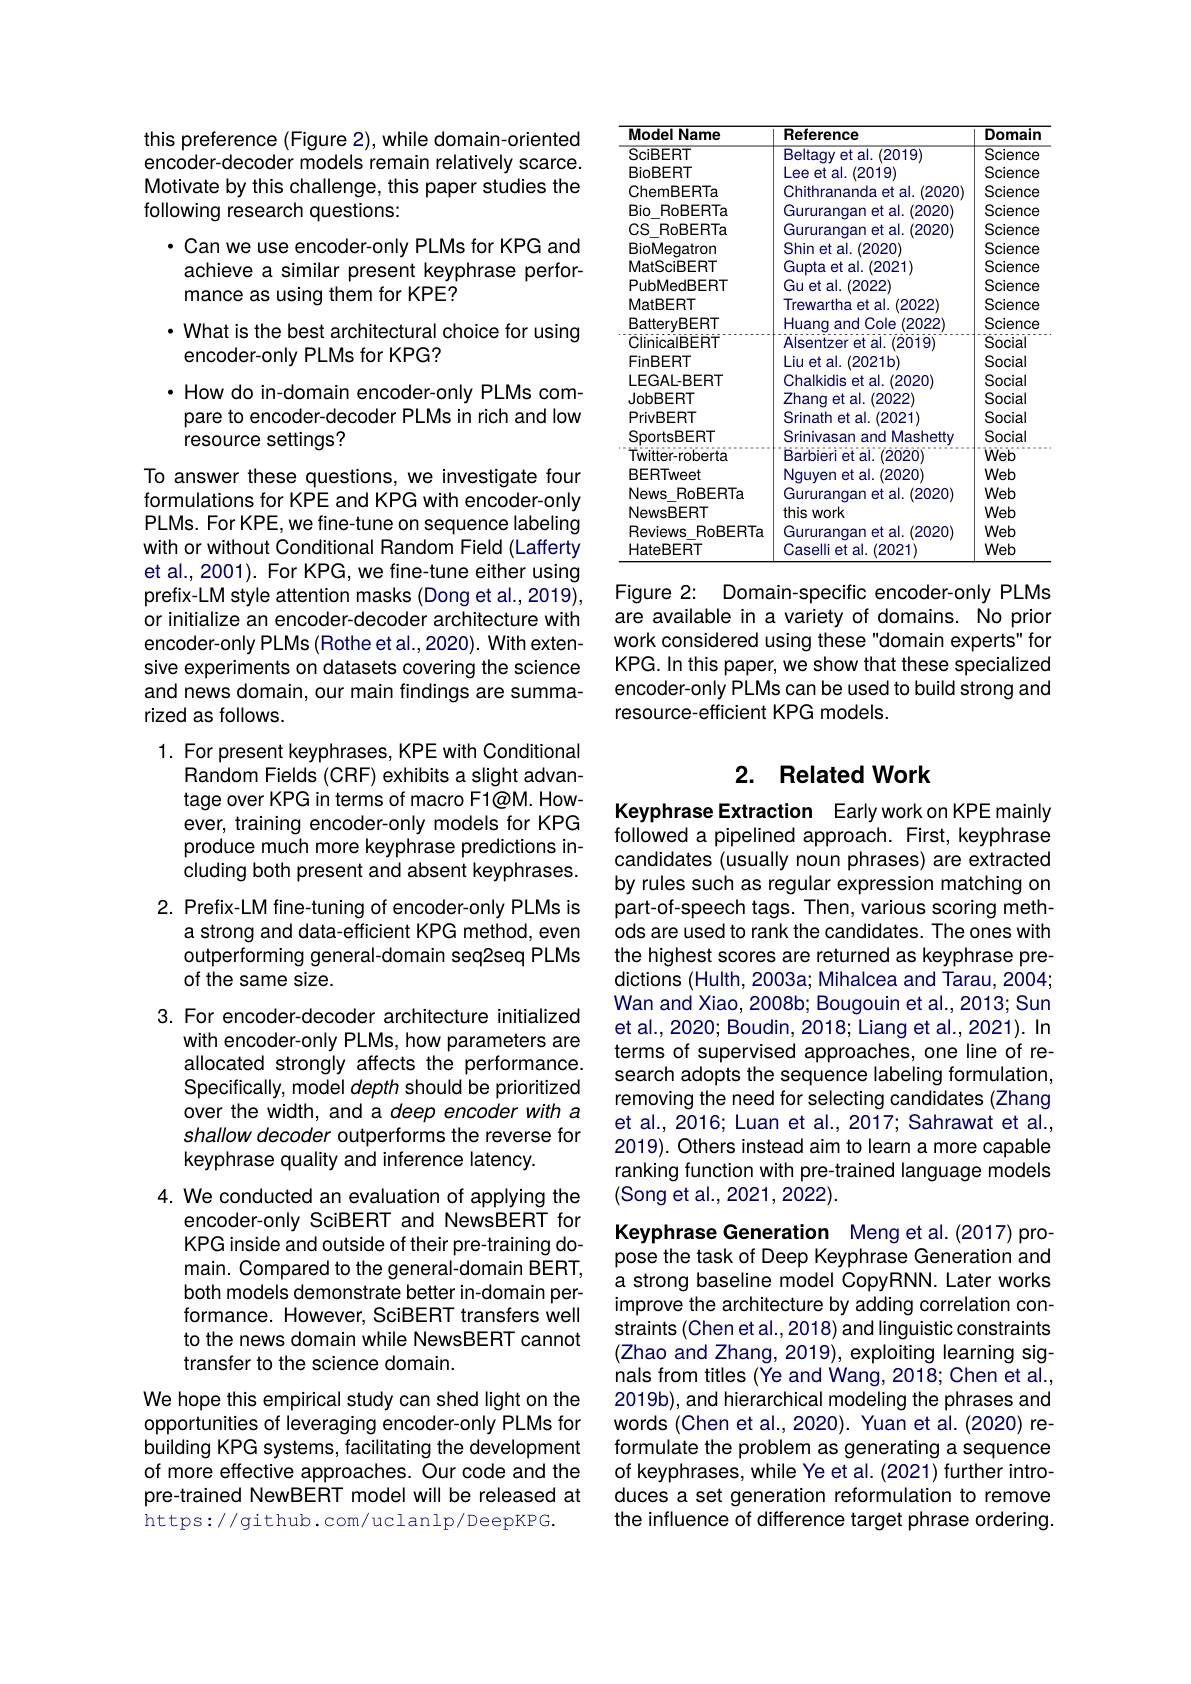
this preference (Figure 2), while domain-oriented

encoder-decoder models remain relatively scarce.

Motivate by this challenge, this paper studies the

following research questions:

· Can we use encoder-only PLMs for KPG and

achieve a similar present keyphrase perfor-

mance as using them for KPE?

· What is the best architectural choice for using
## encoder-only PLMs for KPG?

· How do in-domain encoder-only PLMs compare to encoder-decoder PLMs in rich and low resource settings?

To answer these questions, we investigate four formulations for KPE and KPG with encoder-only PLMs. For KPE, we fine-tune on sequence labeling with or without Conditional Random Field (Lafferty et al., 2001). For KPG, we fine-tune either using prefix-LM style attention masks (Dong et al., 2019), or initialize an encoder-decoder architecture with encoder-only PLMs (Rothe et al.,2020). With extensive experiments on datasets covering the science and news domain, our main findings are summarized as follows.

1. For present keyphrases, KPE with Conditional
Random Fields (CRF) exhibits a slight advantage over KPG in terms of macro F1@M. However, training encoder-only models for KPG produce much more keyphrase predictions including both present and absent keyphrases.

2. Prefix-LM fine-tuning of encoder-only PLMs is
a strong and data-efficient KPG method, even outperforming general-domain seq2seq PLMs of the same size.
3. For encoder-decoder architecture initialized
with encoder-only PLMs, how parameters are allocated strongly affects the performance. Specifically, model depth should be prioritized over the width, and a deep encoder with a shallow decoder outperforms the reverse for keyphrase quality and inference latency.
4. We conducted an evaluation of applying the
encoder-only SciBERT and NewsBERT for KPG inside and outside of their pre-training domain. Compared to the general-domain BERT, both models demonstrate better in-domain performance. However, SciBERT transfers well to the news domain while NewsBERT cannot transfer to the science domain.
We hope this empirical study can shed light on the opportunities of leveraging encoder-only PLMs for building KPG systems, facilitating the development

of more effective approaches. Our code and the pre-trained NewBERT model will be released at https://github.com/uclanlp/DeepKPG.

<table>
	<tbody>
		<tr>
			<th>Model Name</th>
			<th>Reference</th>
			<th>Domain</th>
		</tr>
		<tr>
			<td>SciBERT</td>
			<td>Beltaav et al. (2019)</td>
			<td>Science</td>
		</tr>
		<tr>
			<td>BioBERT</td>
			<td>Lee et al. (2019)</td>
			<td>Science</td>
		</tr>
		<tr>
			<td>ChemBERTa</td>
			<td>Chithrananda et al. (2020)</td>
			<td>Science</td>
		</tr>
		<tr>
			<td>Bio RoBERTa </td>
			<td>Gururangan et al. (2020</td>
			<td>Science</td>
		</tr>
		<tr>
			<td>$CS$ RoBERTa</td>
			<td>Gururangan et al. (2020</td>
			<td>Science</td>
		</tr>
		<tr>
			<td>BioMeqatron</td>
			<td>Shin et al (2020)</td>
			<td>Science</td>
		</tr>
		<tr>
			<td>MatSciBERT</td>
			<td>Gupta et al. (2021)</td>
			<td>Science</td>
		</tr>
		<tr>
			<td>PubMedBERT</td>
			<td>Gu et al. 6 (2022</td>
			<td>Science</td>
		</tr>
		<tr>
			<td>MatBERT</td>
			<td>Trewartha et al. (2022)</td>
			<td>Science</td>
		</tr>
		<tr>
			<td>BattervBERT</td>
			<td>Huang and Cole (2022)</td>
			<td>Science</td>
		</tr>
		<tr>
			<td>ClinicalBERT</td>
			<td>Alsentzer et al. (2019)</td>
			<td>Social</td>
		</tr>
		<tr>
			<td>FinBERT</td>
			<td>Liu et al $(2021b)$</td>
			<td>Social</td>
		</tr>
		<tr>
			<td>LEGAL-BERT</td>
			<td>Chalkidis et al. (2020)</td>
			<td>Social</td>
		</tr>
		<tr>
			<td>JobBERT</td>
			<td>Zhang et al. (2022)</td>
			<td>Social</td>
		</tr>
		<tr>
			<td>PrivBERT</td>
			<td>Srinath 7 et al. (2021)</td>
			<td>Social</td>
		</tr>
		<tr>
			<td>SportsBERT</td>
			<td>Srinivasan and Mashetty</td>
			<td>Social</td>
		</tr>
		<tr>
			<td>Twitter-roberta</td>
			<td>Barbieri et al.(2020)</td>
			<td>Web</td>
		</tr>
		<tr>
			<td>BERTweet</td>
			<td>Nguyen et al. (2020)</td>
			<td>Web</td>
		</tr>
		<tr>
			<td>News RoBERTa</td>
			<td>Gururangan et al. .(2020</td>
			<td>Web</td>
		</tr>
		<tr>
			<td>NewsBERT</td>
			<td>this work</td>
			<td>Web</td>
		</tr>
		<tr>
			<td>Reviews RoBERTa</td>
			<td>Gururangan et al. (2020</td>
			<td>Web</td>
		</tr>
		<tr>
			<td>HateBERT</td>
			<td>Caselli et al. (2021)</td>
			<td>Web</td>
		</tr>
	</tbody>
</table>

Figure 2: Domain-specific encoder-only PLMs are available in a variety of domains. No prior work considered using these "domain experts" for KPG. In this paper, we show that these specialized encoder-only PLMs can be used to build strong and resource-efficient KPG models.

## 2. Related Work

Keyphrase Extraction Early work on KPE mainly followed a pipelined approach. First, keyphrase candidates (usually noun phrases) are extracted by rules such as regular expression matching on part-of-speech tags. Then, various scoring methods are used to rank the candidates. The ones with the highest scores are returned as keyphrase predictions (Hulth, 2003a; Mihalcea and Tarau, 2004; Wan and Xiao, 2008b; Bougouin et al., 2013; Sun et al., 2020; Boudin, 2018; Liang et al., 2021). In terms of supervised approaches, one line of research adopts the sequence labeling formulation, removing the need for selecting candidates (Zhang et al., 2016; Luan et al., 2017; Sahrawat et al., 2019). Others instead aim to learn a more capable ranking function with pre-trained language models (Song et al., 2021, 2022).

Keyphrase Generation Meng et al.(2017) propose the task of Deep Keyphrase Generation and a strong baseline model CopyRNN. Later works improve the architecture by adding correlation constraints (Chen et al.,2018) and linguistic constraints (Zhao and Zhang, 2019), exploiting learning signals from titles (Ye and Wang, 2018; Chen et al., 2019b), and hierarchical modeling the phrases and words (Chen et al.,2020). Yuan et al. (2020) reformulate the problem as generating a sequence of keyphrases, while Ye et al. (2021) further introduces a set generation reformulation to remove the influence of difference target phrase ordering.